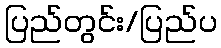
ပြည်တွင်း/ပြည်ပ